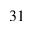
^ { 3 1 }